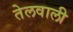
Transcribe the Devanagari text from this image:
तेलवाली